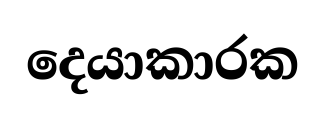
දෙයාකාරක